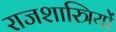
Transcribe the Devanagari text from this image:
राजशास्त्रियों